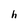
Character: h